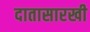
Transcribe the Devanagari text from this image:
दातासारखी